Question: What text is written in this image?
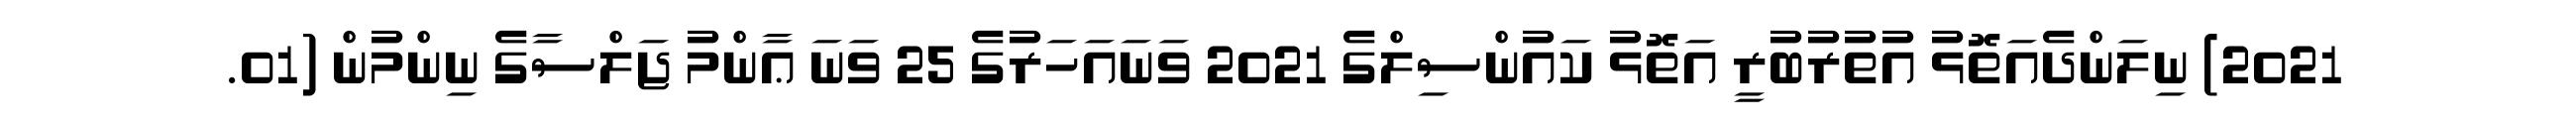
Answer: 2021) ނިލަންދެއަތޮޅު އުތުރުބުރީ އަތޮޅު ކައުންސިލްގެ 2021 ވަނައަހަރުގެ 25 ވަނަ ޢާންމު ޖަލްސާގެ ނިންމުން (01.